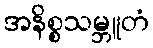
အနိစ္စသမ္ဘူတံ